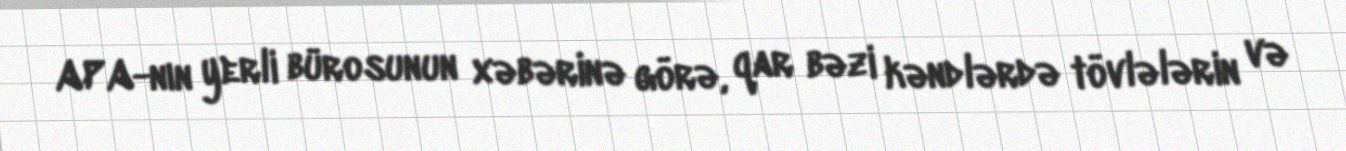
APA-nın yerli bürosunun xəbərinə görə, qar bəzi kəndlərdə tövlələrin və